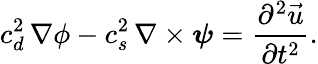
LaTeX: c_{d}^{2}\, \nabla\phi-c_{s}^{2}\, \nabla\times\boldsymbol{\psi}=\frac{\partial^{2}\vec{u}}{\partial t^{2}}.